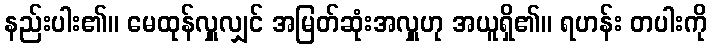
နည်းပါး၏။ မေထုန်လှူလျှင် အမြတ်ဆုံးအလှူဟု အယူရှိ၏။ ရဟန်း တပါးကို